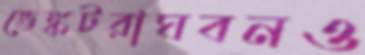
ভেঙ্কটরাঘবনও